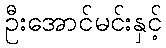
ဦးအောင်မင်းနှင့်